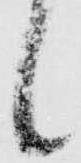
候